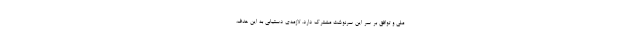
ملی و توافق بر سر این سرنوشت مشترک دارد. لازمه‌ی دستیابی به این هدف،